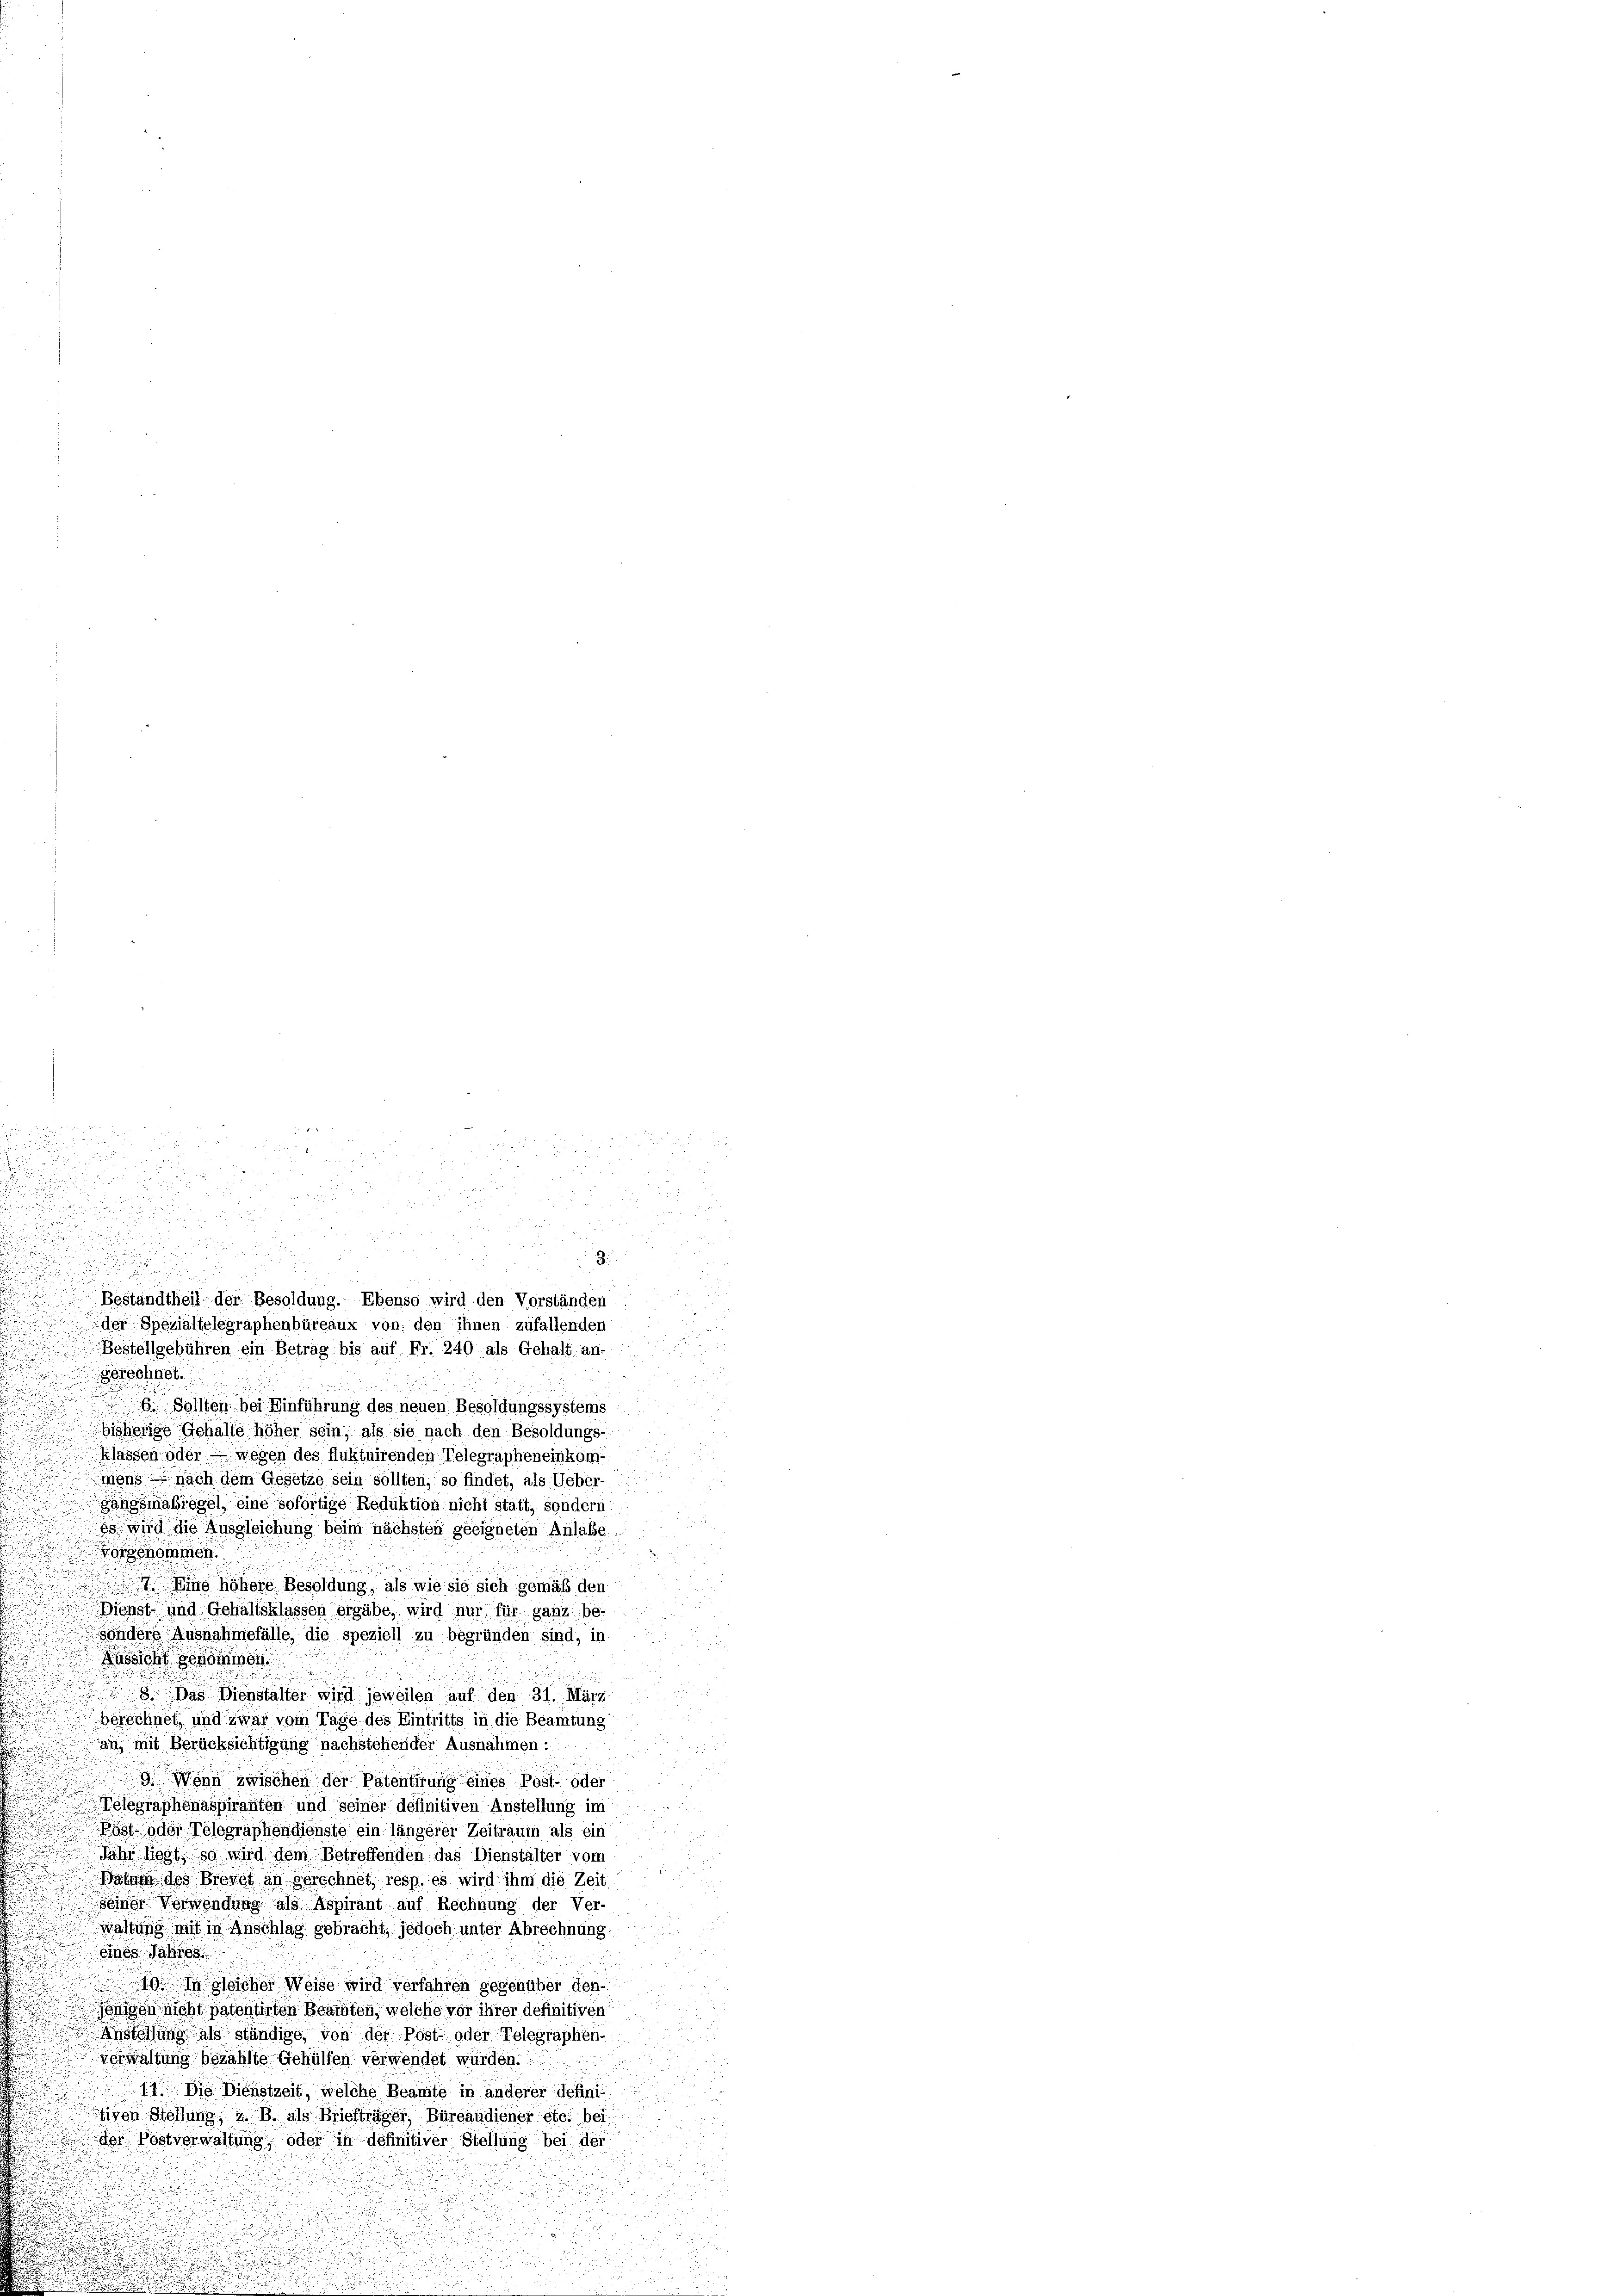
b
u

u

a

u

8010000
6. Sollten bei Einführung des neuen Besoldungssystems
bisherige Gehalte höher sein, als sie nach den Besoldungs-
klassen oder — wegen des fluktuirenden Telegrapheneinkom-
mons nach dem Gesetze sein sollten, so findet, als Ueber-
gangsmaßregel eine sofortige Reduktion nicht statt, sondern
u
es wird die Ausgleichung beim nächsten geeigneten Anlaße.
u
örgenommen.
17. Eine höhere Besoldung, als wie sie sich gemäß den
Dienst- und Gehaltsklassen ergäbe, wird nur für ganz be-
sondere Ausnahmefälle, die speziell zu begründen sind, in
Russicht genommen
 8. Das Dienstalter wird jeweilen auf den 31. März.
berechnet, und zwar vom Tage des Eintritts in die Beamtung
an, mit Berücksichtigung nachstehender Ausnahmen:
3. Wenn zwischen der Patentirung eines Post- oder
Telegraphenaspiranten und seiner definitiven Anstellung im
st oder Telegraphendienste ein längerer Zeitraum als ein
Jahr liegt, so wird dem Betreffenden das Dienstalter vom
Datum des Brevet an gerechnet, resp. es wird ihm die Zeit
seiner Verwendung als Aspirant auf Rechnung der Ver-
waltung mit in Anschlag gebracht, jedoch unter Abrechnung
eines Jahres
19 sicher Weise wird verfahren gegenüber den-
önigen nicht patentirten Beamten, welche vor ihrer definitiven
d Anstellung als ständige, von der Post oder Telegraphen-
verwaltung bezählte Gehülfen verwendet würden.
11. Die Dienstzeit, welche Beamte in anderer defini
tiven Stellung, z. B. als Briefträger, Büreaudiener etc. bei
der Postverwaltung, oder in definitiver Stellung bei der

öri

.

Zu
Bestandtheit der Besoldung. Ebenso wird den Vorständen
der Spezialfelegraphenbüreaux von den ihnen zufallenden
Bestellgebühren ein Betrag bis auf Fr. 240 als Gehalt an-

5